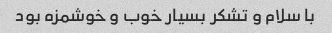
با سلام و تشکر بسیار خوب و خوشمزه بود